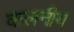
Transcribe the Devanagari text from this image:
कलनीय